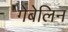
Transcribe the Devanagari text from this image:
गेबेलिन